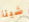
شيئأ